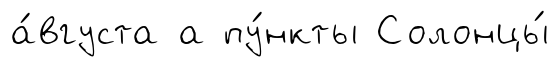
а́вгуста а пу́нкты Солонцы́